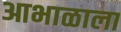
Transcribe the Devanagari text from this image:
आभाळाला